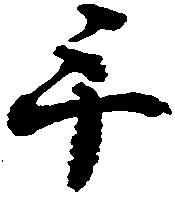
手